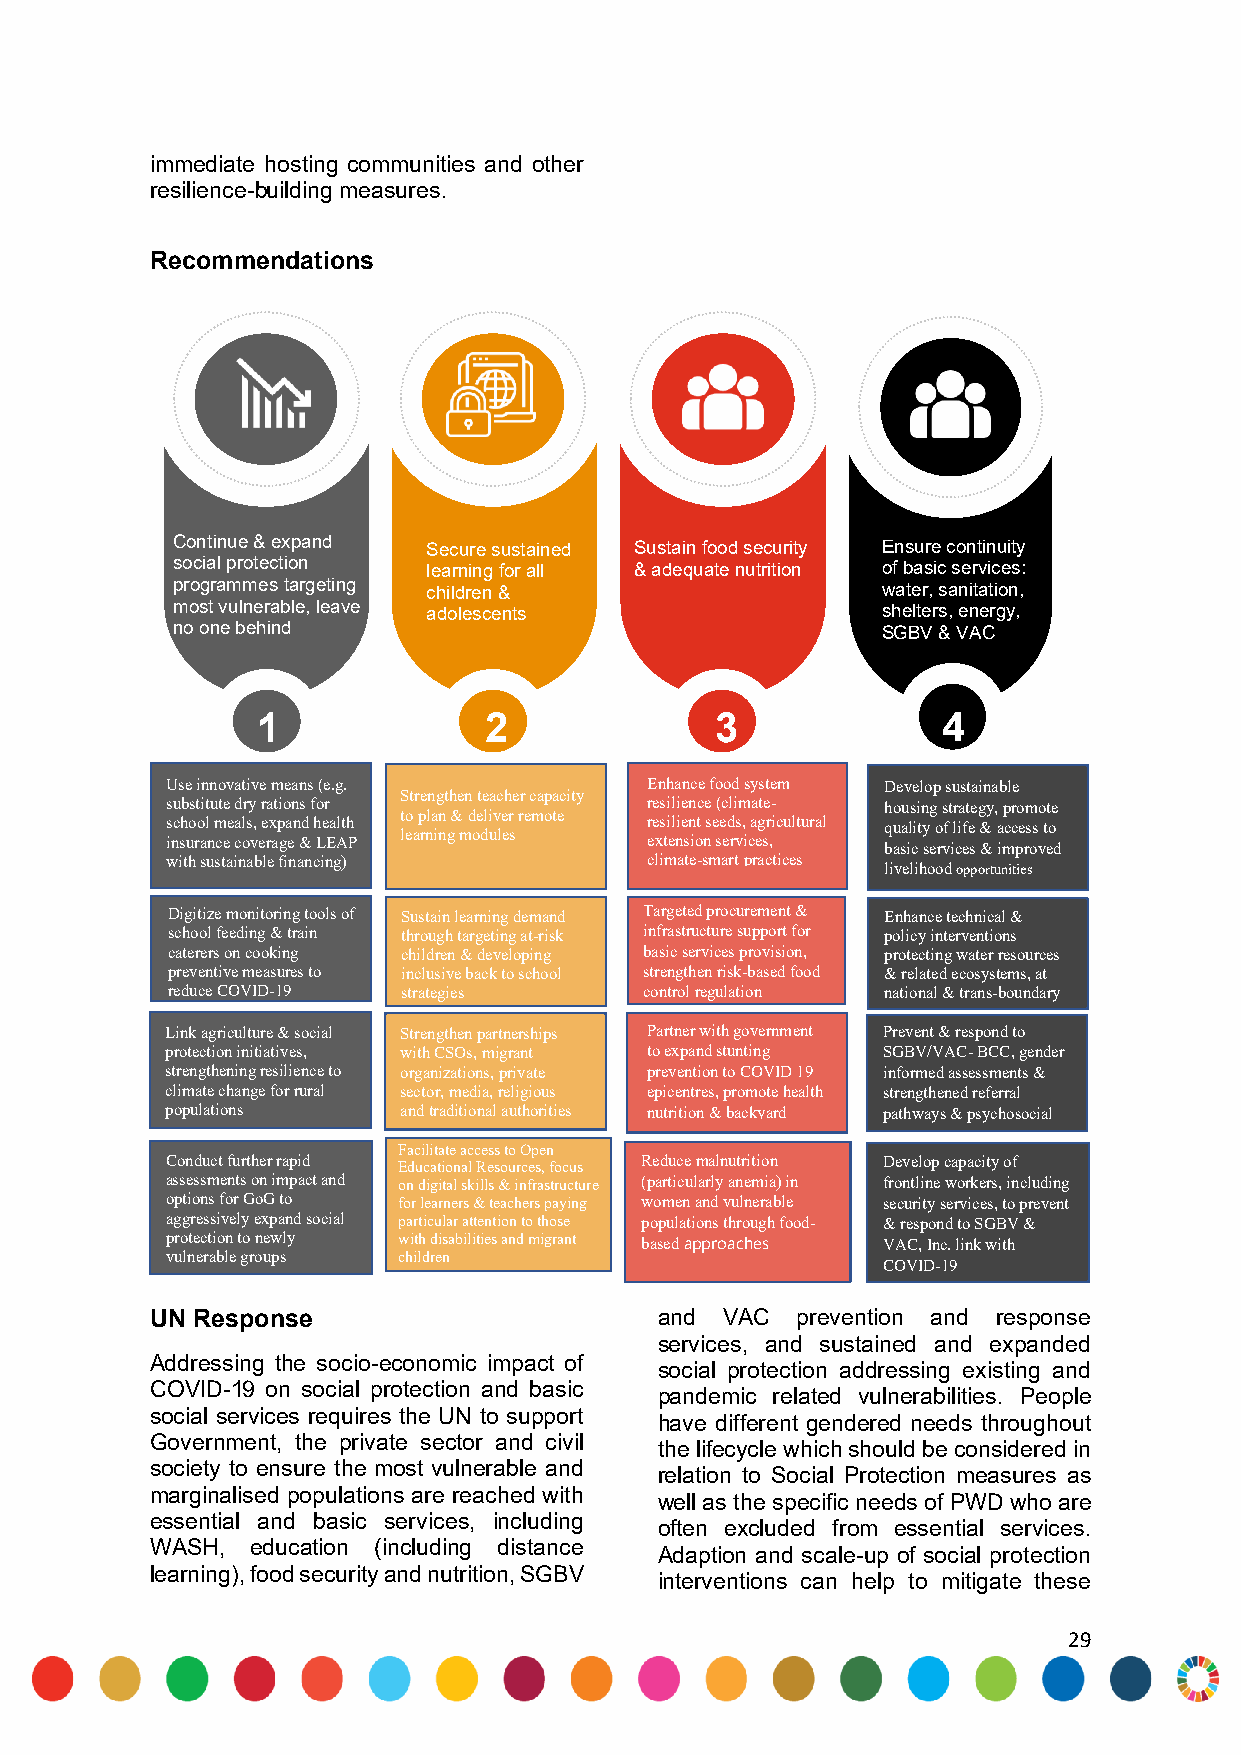
immediate hosting communities and other
 resilience-building measures.
 Recommendations
 Continue & expand Secure sustained Sustain food security Ensure continuity
 social protection learning for all & adequate nutrition of basic services:
 programmes targeting children &                water, sanitation,
 most vulnerable, leave adolescents             shelters, energy,
 no one behind                                  SGBV & VAC
 1              2              3              4
 Use innovative means (e.g.      Enhance food system Develop sustainable
 substitute dry rations for Strengthen teacher capacity resilience (climate- housing strategy, promote
 school meals, expand health t lo ea p rnla in n g& m d oe dli uv le er s remote resilient seeds, agricultural quality of life & access to
 insurance coverage & LEAP       extension services, basic services & improved
 with sustainable financing)     climate-smart practices
 livelihood opportunities
 Digitize monitoring tools of Sustain learning demand Targeted procurement & Enhance technical &
 school feeding & train through targeting at-risk infrastructure support for policy interventions
 caterers on cooking children & developing basic services provision, protecting water resources
 preventive measures to inclusive back to school strengthen risk-based food & related ecosystems, at
 reduce COVID-19 strategies      control regulation national & trans-boundary
 transmission                                    levels
 Link agriculture & social Strengthen partnerships Partner with government Prevent & respond to
 protection initiatives, with CSOs, migrant to expand stunting SGBV/VAC- BCC, gender
 strengthening resilience to organizations, private prevention to COVID 19 informed assessments &
 climate change for rural sector, media, religious epicentres, promote health strengthened referral
 populations    and traditional authorities nutrition & backyard pathways & psychosocial
 gardening      services
 Facilitate access to Open
 Conduct further rapid Educational Resources, focus Reduce malnutrition Develop capacity of
 assessments on impact and on digital skills & infrastructure (particularly anemia) in frontline workers, including
 options for GoG to for learners & teachers paying women and vulnerable security services, to prevent
 aggressively expand social particular attention to those populations through food- & respond to SGBV &
 protection to newly with disabilities and migrant based approaches VAC, Inc. link with
 vulnerable groups children
 COVID-19
 UN Response                       and VAC  prevention and response
 services, and sustained and expanded
 Addressing the socio-economic impact of
 social protection addressing existing and
 COVID-19 on social protection and basic
 pandemic related vulnerabilities. People
 social services requires the UN to support
 have different gendered needs throughout
 Government, the private sector and civil
 the lifecycle which should be considered in
 society to ensure the most vulnerable and
 relation to Social Protection measures as
 marginalised populations are reached with
 well as the specific needs of PWD who are
 essential and basic services, including
 often excluded from essential services.
 WASH,  education (including distance
 Adaption and scale-up of social protection
 learning), food security and nutrition, SGBV
 interventions can help to mitigate these
 29